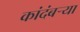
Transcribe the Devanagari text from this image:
कांदंबर्‍या